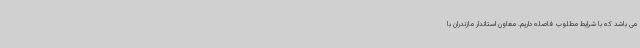
می باشد که با شرایط مطلوب فاصله داریم. معاون استاندار مازندران با